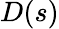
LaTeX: D(s)